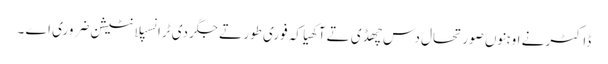
ڈاکٹر نے اوہنوں صورتحال دس چھڈی تے آکھیا کہ فوری طور تے جگر دی ٹرانسپلانٹیشن ضروری اے ۔